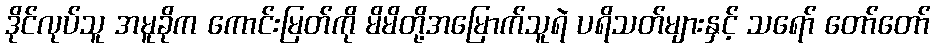
ဒိုင်လုပ်သူ အမူခိုက ကောင်းမြတ်ကို မိမိတို့အမြောက်သူရဲ ပရိသတ်များနှင့် သရော် တော်တော်